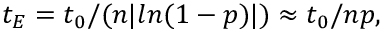
\, \, t _ { E } = t _ { 0 } / ( n | l n ( 1 - p ) | ) \approx t _ { 0 } / n p ,